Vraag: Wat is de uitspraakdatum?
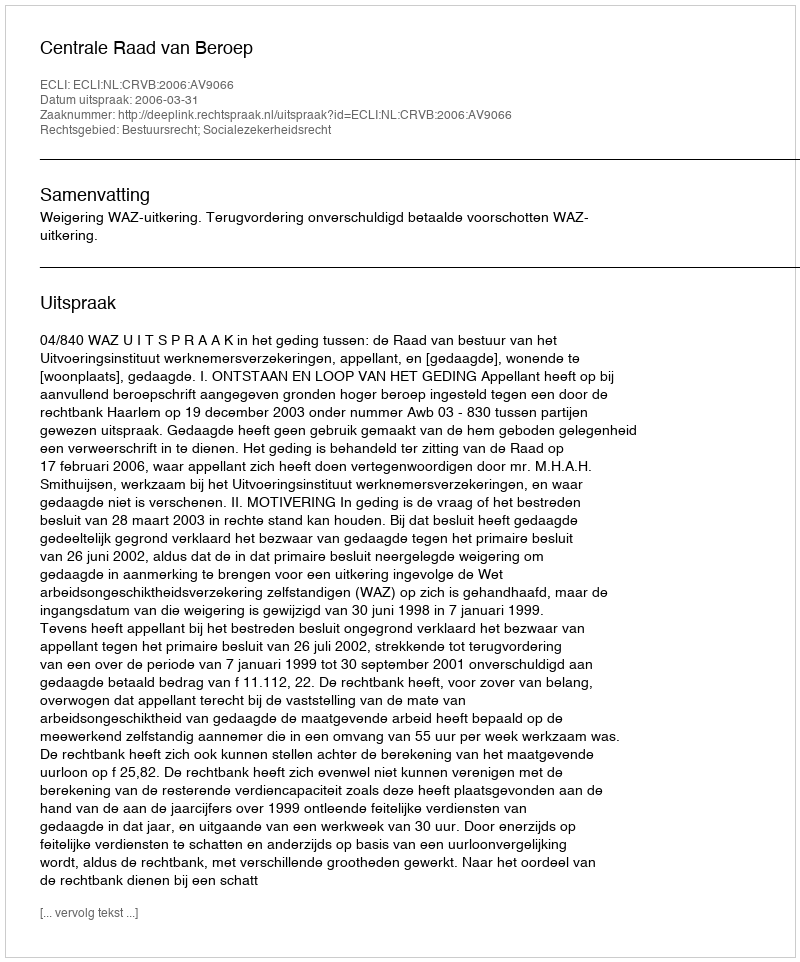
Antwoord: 2006-03-31